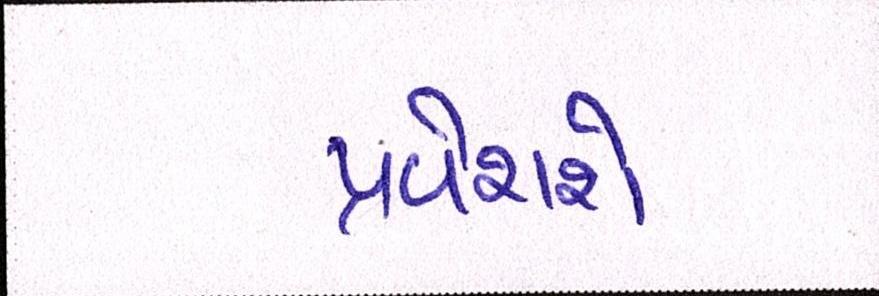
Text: પ્રવેશશે